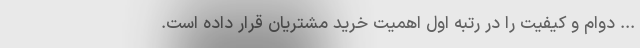
... دوام و کیفیت را در رتبه اول اهمیت خرید مشتریان قرار داده است.